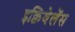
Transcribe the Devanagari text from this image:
इक्विवेलेंस